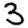
Digit: 3